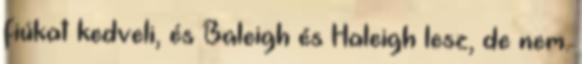
fiúkat kedveli, és Baleigh és Haleigh lesz, de nem.